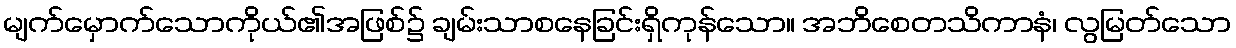
မျက်မှောက်သောကိုယ်၏အဖြစ်၌ ချမ်းသာစနေခြင်းရှိကုန်သော။ အဘိစေတသိကာနံ၊ လွမြတ်သော